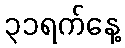
၃၁ရက်နေ့